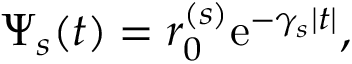
\Psi _ { s } ( t ) = r _ { 0 } ^ { ( s ) } \mathrm { e } ^ { - \gamma _ { s } | t | } ,